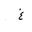
Letter: _gayn